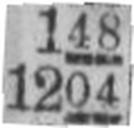
1204